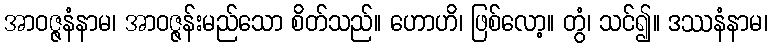
အာဝဇ္ဇနံနာမ၊ အာဝဇ္ဇန်းမည်သော စိတ်သည်။ ဟောဟိ၊ ဖြစ်လော့။ တွံ၊ သင်၍။ ဒဿနံနာမ၊